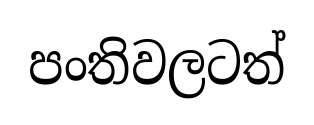
පංතිවලටත්